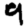
Digit: 9